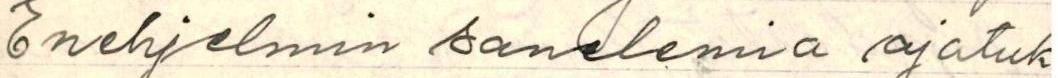
Enehjelmin sanelemia ajatuk